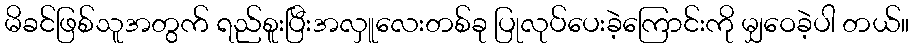
မိခင်ဖြစ်သူအတွက် ရည်စူးပြီးအလှူလေးတစ်ခု ပြုလုပ်ပေးခဲ့ကြောင်းကို မျှဝေခဲ့ပါ တယ်။